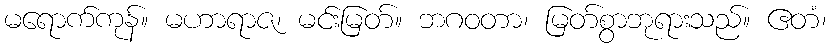
မရောက်ကုန်။ မဟာရာဇ၊ မင်းမြတ်။ ဘဂဝတာ၊ မြတ်စွာဘုရားသည်။ ဧတံ၊